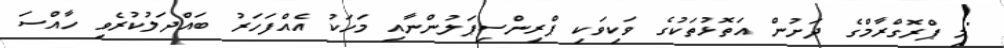
"މި ޕްރޮގްރާމްގެ ދަށުން އަތޮޅުތަކުގެ ވަކިވަކި ޕްރިންސިޕަލުންނާއި މަހަކު އެއްފަހަރު ބައްދަލުކުރެވި ހާއްސަ